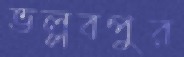
ভল্লবপুর